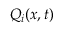
Q _ { i } ( x , t )